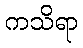
ကသိရာ